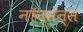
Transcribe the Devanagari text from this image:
नॉन्‌सेन्स